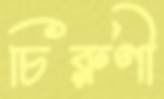
চিরুণী